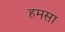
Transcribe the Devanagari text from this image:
हमसा